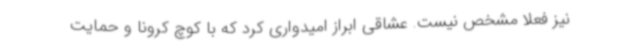
نیز فعلاً مشخص نیست. عشاقی ابراز امیدواری کرد که با کوچ کرونا و حمایت